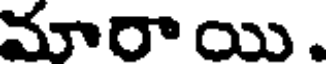
మారా యి .